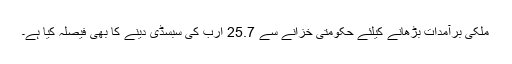
ملکی برآمدات بڑھانے کیلئے حکومتی خزانے سے 25.7 ارب کی سبسڈی دینے کا بھی فیصلہ کیا ہے۔